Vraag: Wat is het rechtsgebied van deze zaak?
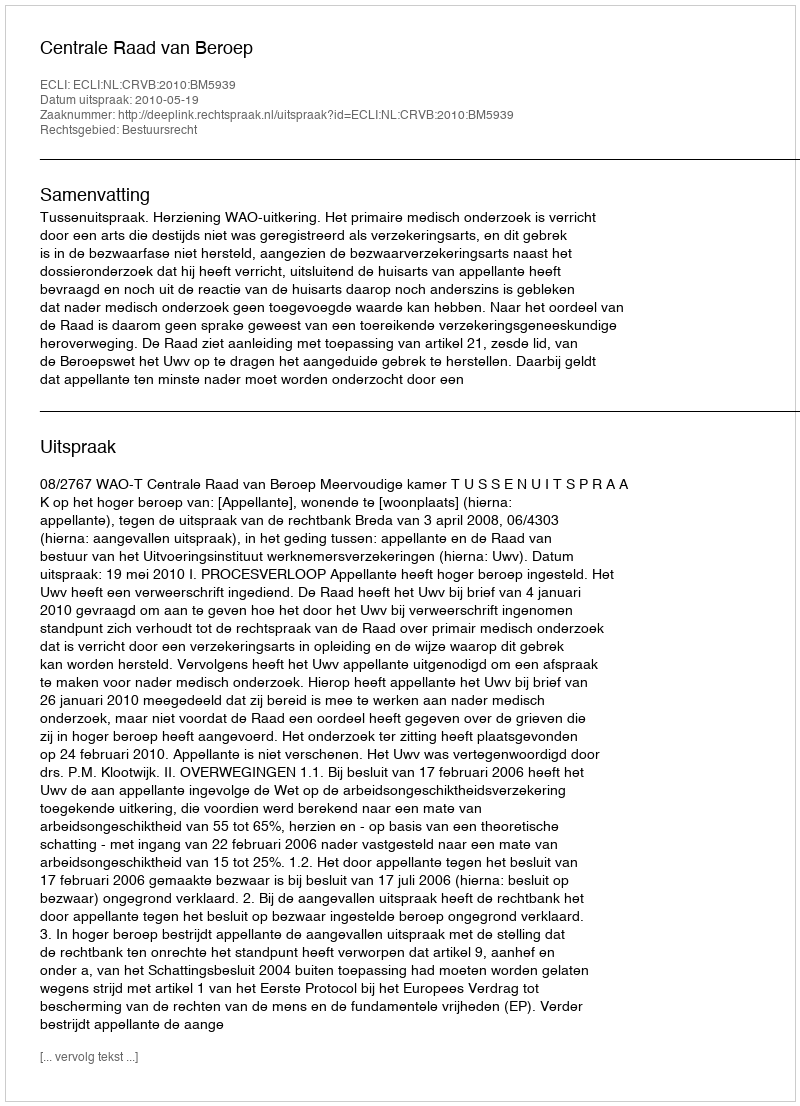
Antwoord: Bestuursrecht